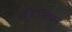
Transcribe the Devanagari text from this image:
इजिप्त्शियन